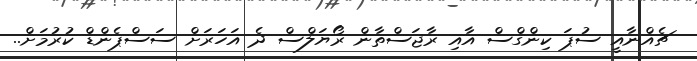
ޗެއްނާއީ ސުޕަ ކިންގްސް އާއި ރާޖަސްތާން ރޯޔަލްސް ދެ އަހަރަށް ސަސްޕެންޑް ކުރުމަށް..